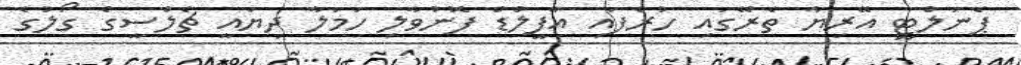
ޕެނަލްޓީ އޭރިޔާ ތެރޭގައި ހުރެފައި އާފީލްޑް ފޮނުވާލި ހަމަލާ ދިޔައީ ޗެލްސީގެ ގޯލުގެ